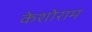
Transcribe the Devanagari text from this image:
केशोराम